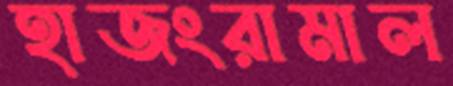
হাজংরামাল